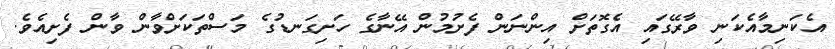
އެކަނިމާއެކަނި ވާރޭގައި އެގޮތަށް އިންނަން ފެށުމުން އޭނާގެ ހަށިގަނޑުގެ މަސްތަކަށްވާން ވާން ފެށިއެވެ.